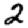
Digit: 2